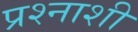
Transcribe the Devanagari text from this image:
प्रश्नाशी